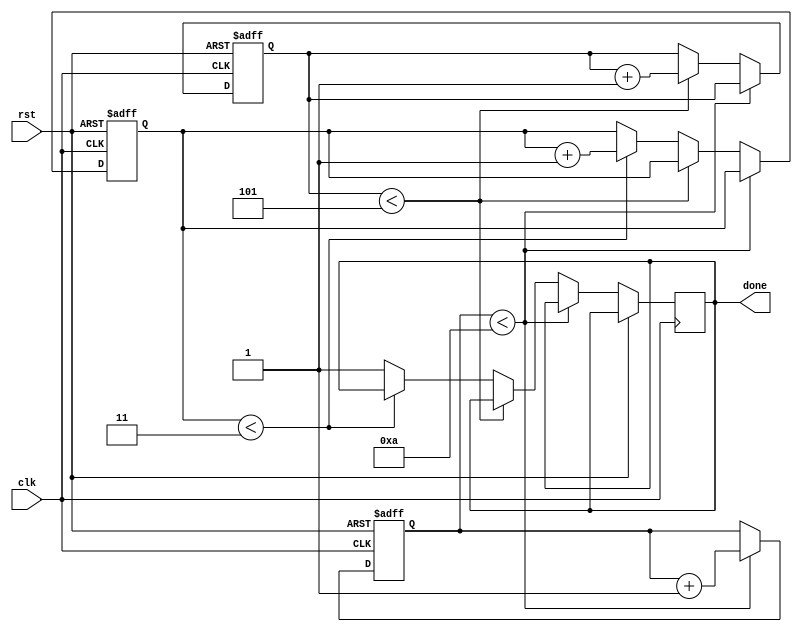
module multi_iterator_loop (
    input wire clk,
    input wire rst,
    output wire done
);

reg [7:0] iterator1;
reg [7:0] iterator2;
reg [3:0] iterator3;

always @(posedge clk or posedge rst) begin
    if (rst) begin
        iterator1 <= 8'd0;
        iterator2 <= 8'd0;
        iterator3 <= 4'd0;
    end else begin
        if (iterator1 < 8'd10) begin
            iterator1 <= iterator1 + 1;
        end else if (iterator2 < 8'd5) begin
            iterator2 <= iterator2 + 1;
        end else if (iterator3 < 4'd3) begin
            iterator3 <= iterator3 + 1;
        end else begin
            done <= 1'b1;
        end
    end
end

endmodule